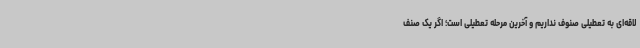
لاقه‌ای به تعطیلی صنوف نداریم و آخرین مرحله تعطیلی است؛ اگر یک صنف